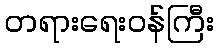
တရားရေးဝန်ကြီး